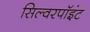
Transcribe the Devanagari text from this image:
सिल्वरपॉइंट